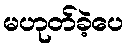
မဟုတ်ခဲ့ပေ